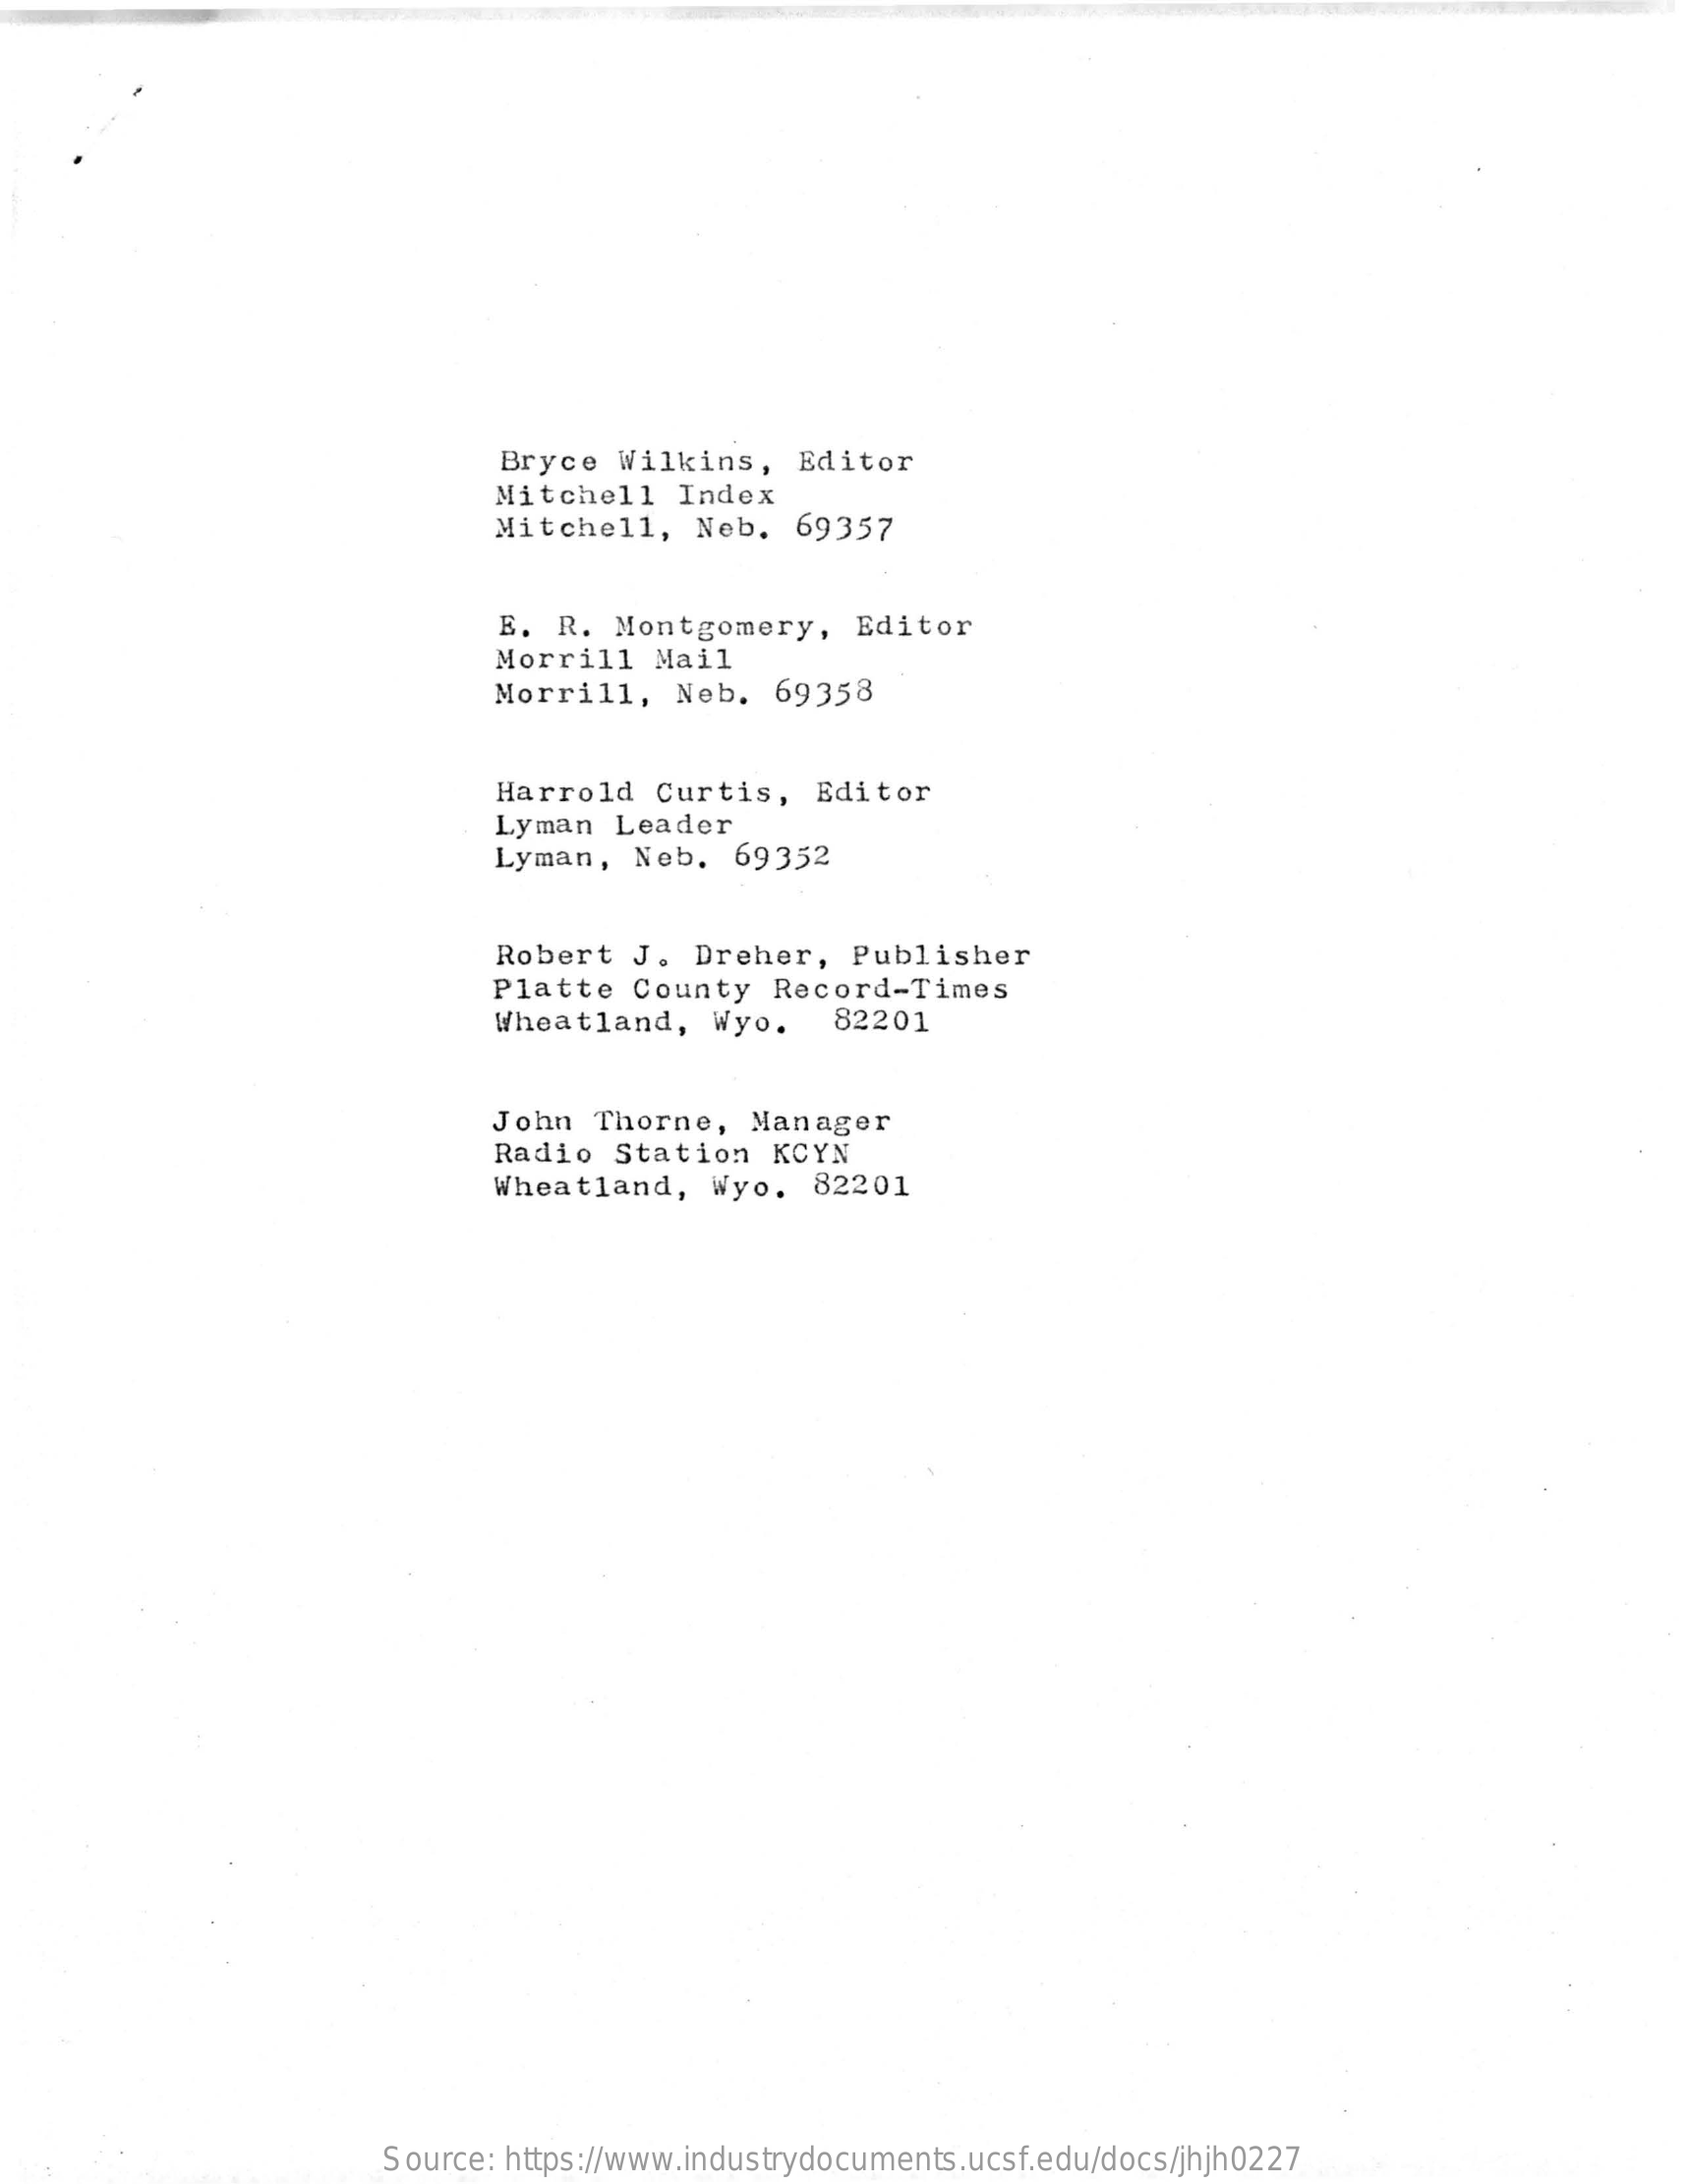
Bryce  Wilkins,    Editor
     Mitchell   Index
     Mitchell,   Neb.   69357
     E. R.  Montgomery,    Editor
     Morrill   Mail
     Morrill,   Neb.  69358
     Harrold   Curtis,   Editor
     Lyman  Leader
     Lyman,  Neb.   69352
     Robert  J.  Dreher,   Publisher
     Platte  County   Record-Times
     Wheatland,    Wyo.   82201
     John  Thorne,   Manager
     Radio  Station   KCYN
     Wheatland,   Wyo.   82201
     Source: https://www.industrydocuments.ucsf.edu/docs/jhjh0227